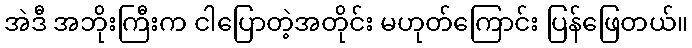
အဲဒီ အဘိုးကြီးက ငါပြောတဲ့အတိုင်း မဟုတ်ကြောင်း ပြန်ဖြေတယ်။